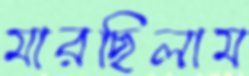
মারছিলাম